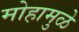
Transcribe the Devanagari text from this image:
मोहामुळे